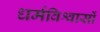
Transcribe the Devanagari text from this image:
धर्मविश्वासों